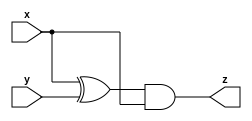
module A (input x, input y, output z);
    assign z = (x^y) & x;
endmodule

module B ( input x, input y, output z );
    assign z = !(x^y);
endmodule

module top_module (input x, input y, output z);
    wire z0, z1, z2, z3, z4, z5;

    A IA1(x, y, z0);
    B IB1(x, y, z1);
    A IA2(x, y, z2);
    B IB2(x, y, z3);

    assign z4 = z0 || z1;
    assign z5 = z2 && z3;
    assign z = z4^z5;

endmodule